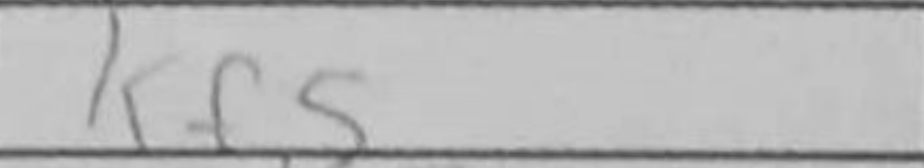
Transcription: Kf5